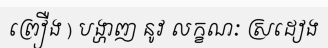
ព្រឿង ) បង្ហាញ នូវ លក្ខណៈ ស្រដៀង